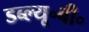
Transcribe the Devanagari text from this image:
डब्ल्यू॰बी॰